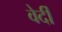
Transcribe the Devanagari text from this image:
वेर्दी